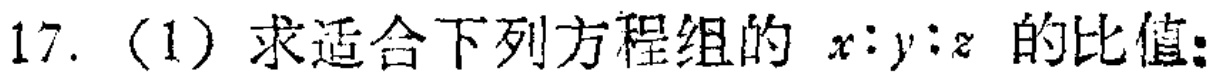
17. (1) 求适合下列方程组的 \(x:y:z\) 的比值: